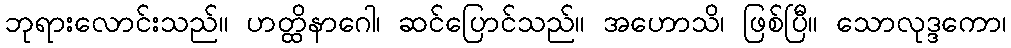
ဘုရားလောင်းသည်။ ဟတ္ထိနာဂေါ၊ ဆင်ပြောင်သည်။ အဟောသိ၊ ဖြစ်ပြီ။ သောလုဒ္ဒကော၊